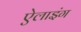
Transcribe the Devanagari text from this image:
ऐलाइंग